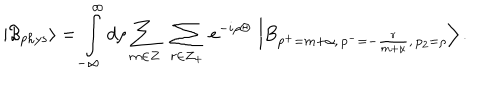
LaTeX: \left| \mathcal { B } _ { p h y s } \right\rangle = \int _ { - \infty } ^ { \infty } d \rho \sum _ { m \in Z } \ \sum _ { r \in Z _ { + } } \, e ^ { - i \rho \Theta } \, \left| B _ { p ^ { + } = m + \alpha , \, p ^ { - } = - \frac { r } { m + \alpha } , \, p _ { 2 } = \rho } \right\rangle .